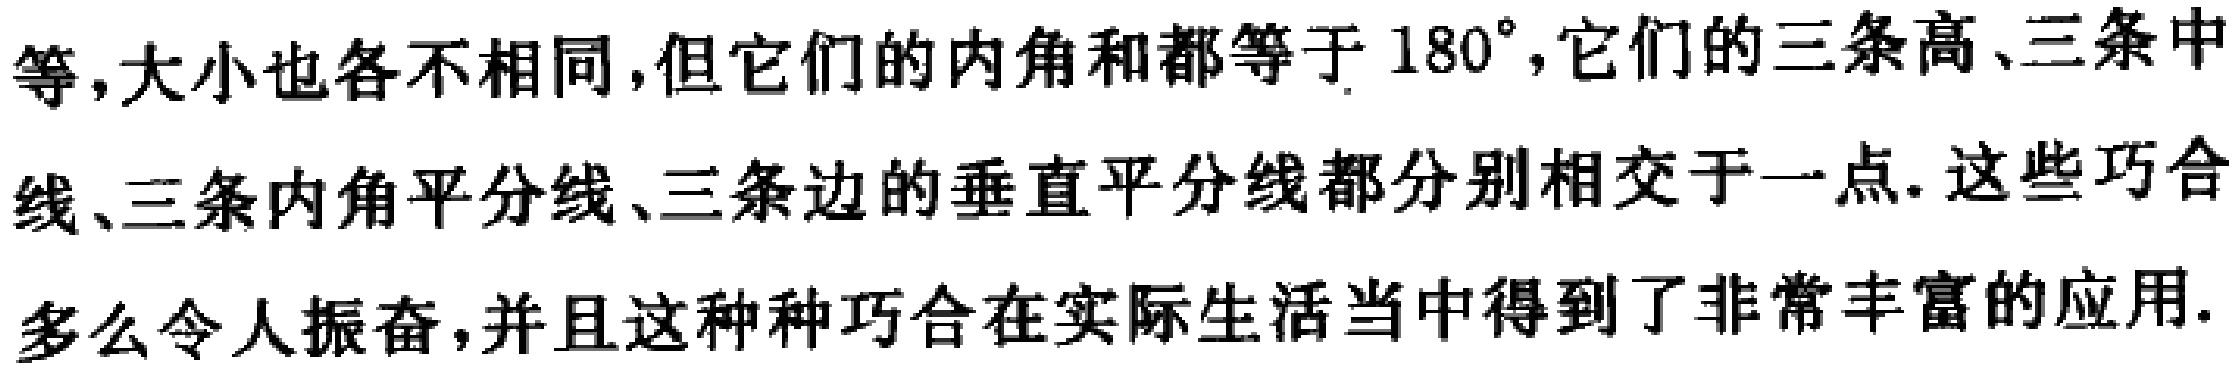
等,大小也各不相同,但它们的内角和都等于 \(180^{\circ}\),它们的三条高、三条中

线、三条内角平分线、三条边的垂直平分线都分别相交于一点. 这些巧合

多么令人振奋,并且这种种巧合在实际生活当中得到了非常丰富的应用.